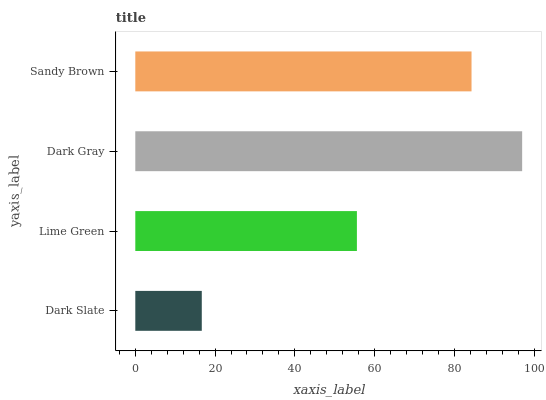
| yaxis_label | bars |
 | --- | --- |
 | Dark Slate | 16.7 |
 | Lime Green | 55.6 |
 | Dark Gray | 97 |
 | Sandy Brown | 84.3 |